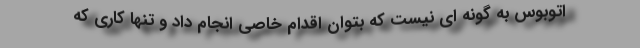
اتوبوس به گونه ای نیست که بتوان اقدام خاصی انجام داد و تنها کاری که